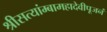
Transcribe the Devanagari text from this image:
श्रीसत्यांम्बामहादेवीपूजनं